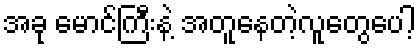
အခု မောင်ကြီးနဲ့ အတူနေတဲ့လူတွေပေါ့